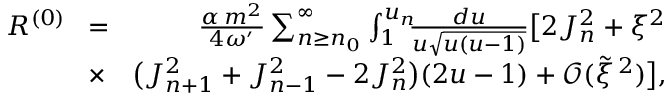
\begin{array} { r l r } { R ^ { ( 0 ) } \! } & { = } & { \! \frac { \alpha \, m ^ { 2 } } { 4 \omega ^ { \prime } } \sum _ { n \geq n _ { 0 } } ^ { \infty } \int _ { 1 } ^ { u _ { n } } \! \! \! \frac { d u } { u \sqrt { u ( u - 1 ) } } \big [ 2 J _ { n } ^ { 2 } + \xi ^ { 2 } } \\ & { \times } & { \! \big ( J _ { n + 1 } ^ { 2 } + J _ { n - 1 } ^ { 2 } - 2 J _ { n } ^ { 2 } \big ) ( 2 u - 1 ) + \mathcal { O } ( \tilde { \xi } ^ { \, 2 } ) \big ] , } \end{array}